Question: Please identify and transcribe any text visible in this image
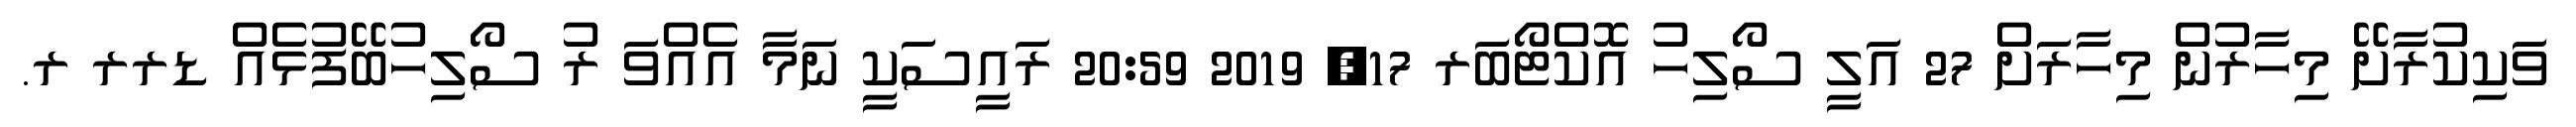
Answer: ވަކިކުރާށޭ މިހާރުން މިހާރަށް 27 އަލީ ސޯލިހު އޮކްޓޯބަރ 17, 2019 20:59 ރައީސަކީ ނަމާ އެއްވަ ރު ސޯލިހުބޭފުޅެއް ޑރރ ރ.